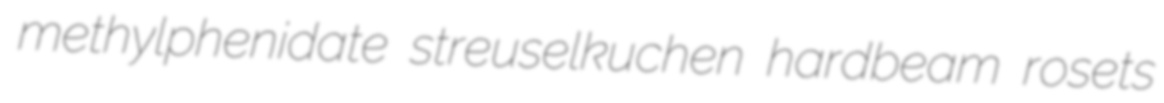
methylphenidate streuselkuchen hardbeam rosets